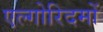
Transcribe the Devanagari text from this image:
एल्गोरिदमों